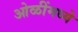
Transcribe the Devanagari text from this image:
ओळींमध्ये